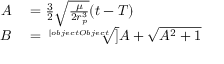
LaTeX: \begin{array} { r l } { A } & { { } = { \frac { 3 } { 2 } } { \sqrt { \frac { \mu } { 2 r _ { p } ^ { 3 } } } } ( t - T ) } \\ { B } & { { } = { \sqrt [ [object Object] ] { A + { \sqrt { A ^ { 2 } + 1 } } } } } \end{array}